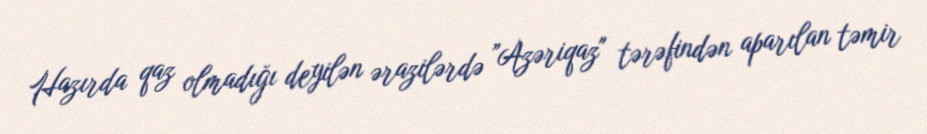
Hazırda qaz olmadığı deyilən ərazilərdə ”Azəriqaz" tərəfindən aparılan təmir